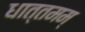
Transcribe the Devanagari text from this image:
धात्तमम्‌